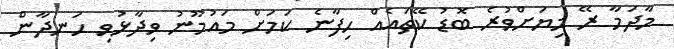
މާދަމާ ރޭ މިޔަށްވުރެ ބޮޑު ކޭތައެއް ހިފާނެ ކަމަށް މައުމޫނު ވިދާޅުވި ހަނދާން